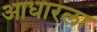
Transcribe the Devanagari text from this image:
आधारला